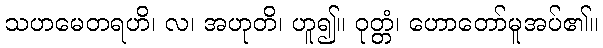
သဟမေတရဟိ၊ လ၊ အဟုတိ၊ ဟူ၍။ ဝုတ္တံ၊ ဟောတော်မူအပ်၏။